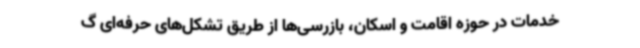
خدمات در حوزه اقامت و اسکان، بازرسی‌ها از طریق تشکل‌های حرفه‌ای گ